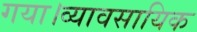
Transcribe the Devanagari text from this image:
गया।व्यावसायिक